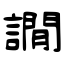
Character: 譋